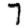
Digit: 7